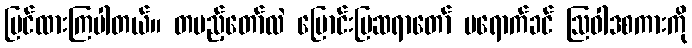
ပြင်ထားကြပါတယ်။ တပည့်တော်လဲ မြောင်းမြဆရာတော် မရောက်ခင် ဩဝါဒစကားကို